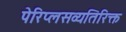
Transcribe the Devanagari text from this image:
पेरिप्लसव्यतिरिक्त